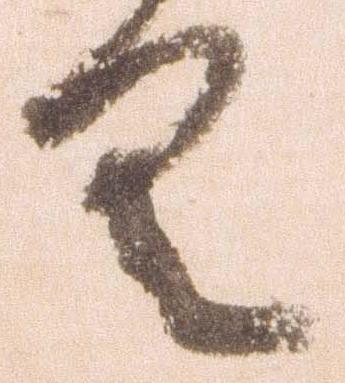
具